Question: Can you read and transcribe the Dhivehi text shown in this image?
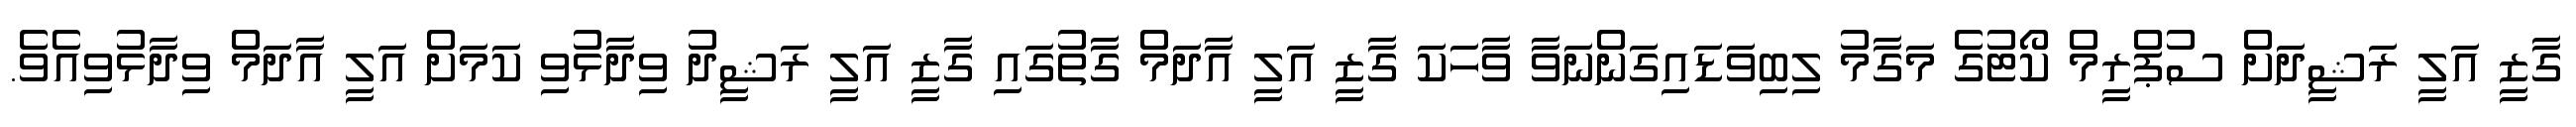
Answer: ގާޒީ އަލީ ރަޝީދަށް ސުޕްރީމް ކޯޓުގެ މަގާމު ލިބިވަޑައިގަންނަވާ ވާހަކަ ގާޒީ އަލީ އާދަމް ގާތުގައި ގާޒީ އަލީ ރަޝީދު ވިދާޅުވި ކަމަށް އަލީ އާދަމް ވިދާޅުވިއެވެ.